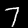
Label: 7